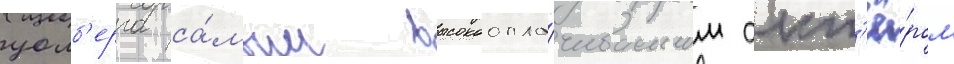
уолб'ерга са́мым высокоопла́чиваемым акт'ё́ром